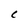
Character: C